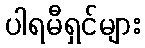
ပါရမီရှင်များ